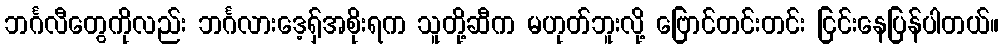
ဘင်္ဂလီတွေကိုလည်း ဘင်္ဂလားဒေ့ရှ်အစိုးရက သူတို့ဆီက မဟုတ်ဘူးလို့ ဗြောင်တင်းတင်း ငြင်းနေပြန်ပါတယ်။